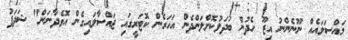
މައްސަލައެއް ނޫނެންނު އިޒޫ ހެދުން ބަދަލުކޮށްލަންދެން އަހަރެން ކޮޓަރީގައި ޖައްސާލައިގެން އޮވެދާނަން" ޝަދަފު